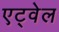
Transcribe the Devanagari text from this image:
एट्वेल